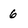
Character: 6